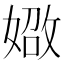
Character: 𪦐